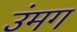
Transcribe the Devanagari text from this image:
उंमग